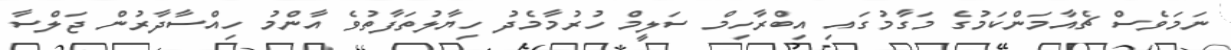
ނަމަވެސް ޗެއާމަންކަމުގެ މަގާމުގައި އިބްރާހިމް ސަލީމް ހުރުމާމެދު ހިޔާލުތަފާތުވެ އާންމު ހިއްސާދާރުން ޖަލްސާ